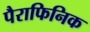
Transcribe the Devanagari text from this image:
पैराफिनिक